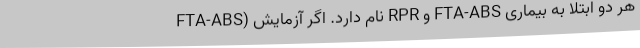
FTA-ABS) نام دارد. اگر آزمایش RPR و FTA-ABS هر دو ابتلا به بیماری